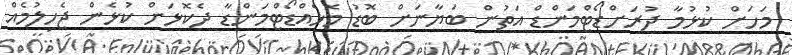
މަހަށް ކުޅުމާ ދުރަށްޑޯޓްމަންޑް އަތުން ބަޔާނަށް ބޮޑު މޮޅެއްޑޯޓްމަންޑާ ދެކޮޅަށް ކުޅެން ޖެހިލުމެއް